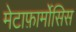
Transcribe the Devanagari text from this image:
मेटाफ़ार्मोसिस